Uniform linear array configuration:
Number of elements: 32
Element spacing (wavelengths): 0.75
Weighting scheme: hann
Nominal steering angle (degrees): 30
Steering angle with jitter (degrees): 28.143
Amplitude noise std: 0.05
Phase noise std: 0.05

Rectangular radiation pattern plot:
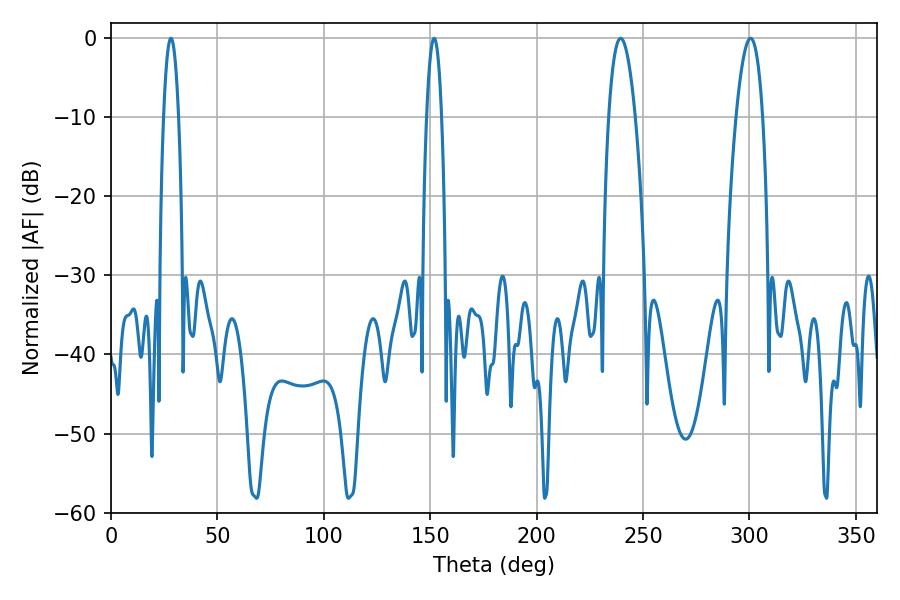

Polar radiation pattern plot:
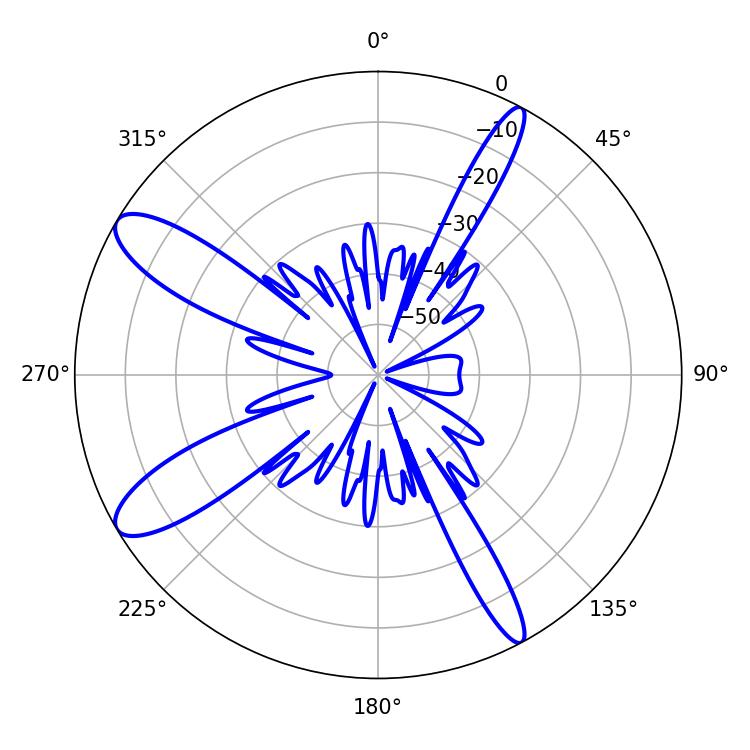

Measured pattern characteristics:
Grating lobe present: TRUE
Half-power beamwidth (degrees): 7.02
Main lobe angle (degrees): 239.4